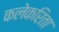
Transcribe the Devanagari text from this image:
कलेकरिता